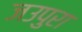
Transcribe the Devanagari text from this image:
जउपुरा